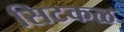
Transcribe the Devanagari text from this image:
सिटकळ